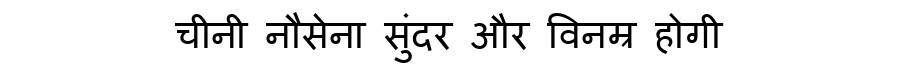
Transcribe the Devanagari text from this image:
चीनी नौसेना सुंदर और विनम्र होगी